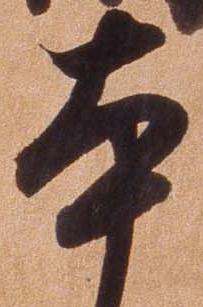
本